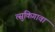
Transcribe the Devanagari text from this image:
त्सुकिगावा